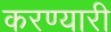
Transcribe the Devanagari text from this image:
करण्यारी